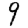
Digit: 9